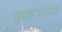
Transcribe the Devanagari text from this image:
वृक्कजन्य